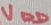
Text: VDD